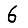
Digit: 6